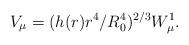
LaTeX: \begin{align*}V_{\mu} = (h(r)r^4/R_0^4)^{2/3}W^1_{\mu}.\end{align*}